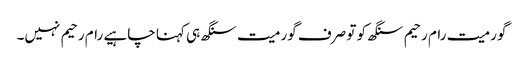
گورمیت رام رحیم سنگھ کو تو صرف گورمیت سنگھ ہی کہنا چاہیے رام رحیم نہیں۔